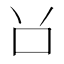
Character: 𠮦